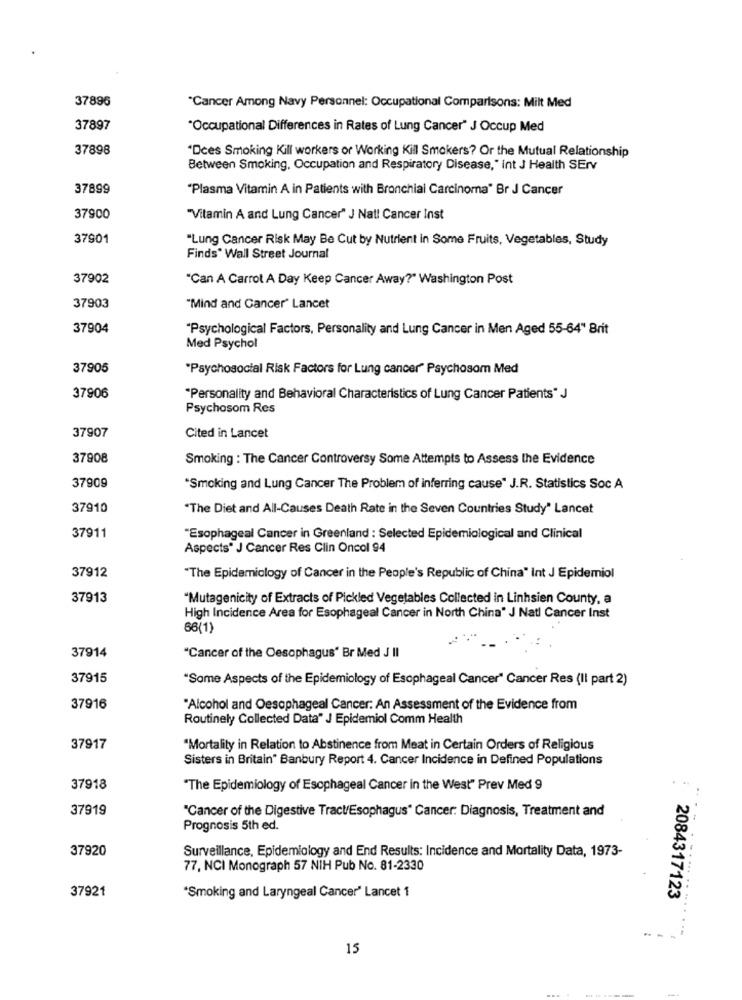
37896
"Cancer Among Navy Personnel: Occupational Comparisons: Milt Med
37897
*Occupational Differences in Rates of Lung Cancer" J Occup Med
37898
"Dces Smoking Kill workers or Working Kill Smokers? Or the Mutual Relationship
Between Smoking, Occupation and Respiratory Disease," int J Health SErv
37899
"Plasma Vitamin A in Patients with Bronchial Carcinoma" Br J Cancer
37900
"Vitamin A and Lung Cancer" J Nat! Cancer Inst
37901
"Lung Cancer Risk May Be Cut by Nutrient in Some Fruits, Vegetables, Study
Finds" Wall Street Journal
37902
"Can A Carrot A Day Keep Cancer Away?" Washington Post
37903
"Mind and Cancer' Lancet
37904
"Psychological Factors, Personality and Lung Cancer in Men Aged 55-64" Brit
Med Psychol
37905
"Psychosocial Risk Factors for Lung cancer" Psychosom Med
37906
"Personality and Behavioral Characteristics of Lung Cancer Patients" J
Psychosom Res
37907
Cited in Lancet
37908
Smoking : The Cancer Controversy Some Attempts to Assess the Evidence
37909
"Smoking and Lung Cancer The Problem of inferring cause" J.R. Statistics Soc A
37910
"The Diet and All-Causes Death Rate in the Seven Countries Study" Lancet
37911
"Esophageal Cancer in Greenland : Selected Epidemiological and Clinical
Aspects" J Cancer Res Clin Oncol 94
37912
"The Epidemiology of Cancer in the People's Republic of China" Int J Epidemiol
37913
"Mutagenicity of Extracts of Pickled Vegetables Collected in Linhsien County, a
High Incidence Area for Esophageal Cancer in North China" J Natl Cancer Inst
66(1)
37914
"Cancer of the Oesophagus" Br Med J Il
37915
"Some Aspects of the Epidemiology of Esophageal Cancer" Cancer Res (Il part 2)
37916
"Alcohol and Oesophageal Cancer: An Assessment of the Evidence from
Routinely Collected Data" J Epidemiol Comm Health
37917
"Mortality in Relation to Abstinence from Meat in Certain Orders of Religious
Sisters in Britain“ Banbury Report 4. Cancer Incidence in Defined Populations
37918
"The Epidemiology of Esophageal Cancer in the West" Prev Med 9
37919
"Cancer of the Digestive Tract/Esophagus" Cancer: Diagnosis, Treatment and
Prognosis 5th ed.
37920
Surveillance, Epidemiology and End Results: Incidence and Mortality Data, 1973-
77, NCI Monograph 57 NIH Pub No. 81-2330
37921
*Smoking and Laryngeal Cancer' Lancet 1
2084317123
-- -
15